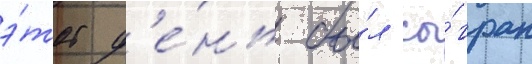
э́тот д'е́нь бы́л сы́гран